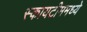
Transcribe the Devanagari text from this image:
स्कायटीममध्ये